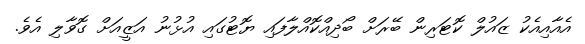
އެއާއިއެކު ޒައުލް ކޮޓަރިން ބޭރަށް ބޯދިއްކޮއްލާފައި ޔޮޓުގައި އުޅުނު އަޒީއަށް ގޮވާލި އެވެ.